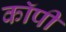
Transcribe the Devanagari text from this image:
काॅपी